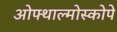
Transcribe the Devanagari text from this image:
ओफ्थाल्मोस्कोपे